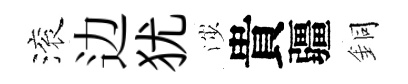
滚边犹渉貴疆銅